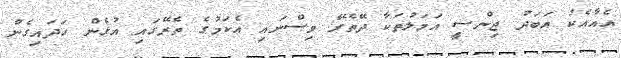
އެއާއެކު އަބަދު ޖިންސީ އަމަލުތަކާ ދޭތެރޭ ވިސްނައި އެކަމުގެ ތެރޭގައި އުޅެން ހަދައިގެން